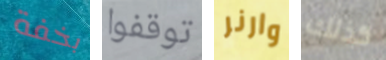
بخفة توقفوا وارنر كذلك